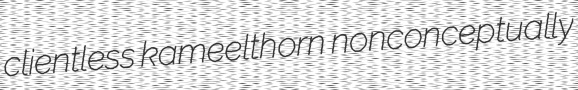
clientless kameelthorn nonconceptually